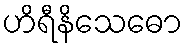
ဟိရီနိသေဓော